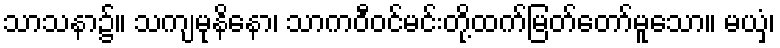
သာသနာ၌။ သကျမုနိနော၊ သာကဝီဝင်မင်းတို့ထက်မြတ်တော်မူသော။ မယှံ၊